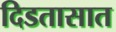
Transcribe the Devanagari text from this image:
दिडतासात